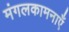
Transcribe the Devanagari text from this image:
मंगलकामनाएँ